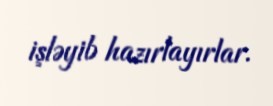
işləyib hazırlayırlar.